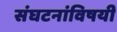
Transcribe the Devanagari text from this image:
संघटनांविषयी